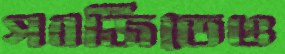
সবজিতেও